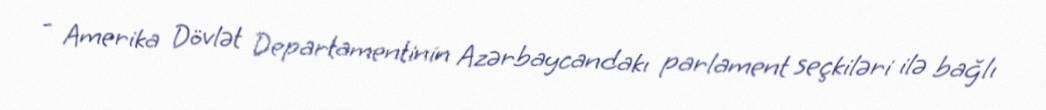
- Amerika Dövlət Departamentinin Azərbaycandakı parlament seçkiləri ilə bağlı